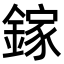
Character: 鎵